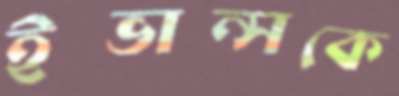
ইভান্সকে